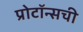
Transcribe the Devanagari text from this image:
प्रोटॉन्सची